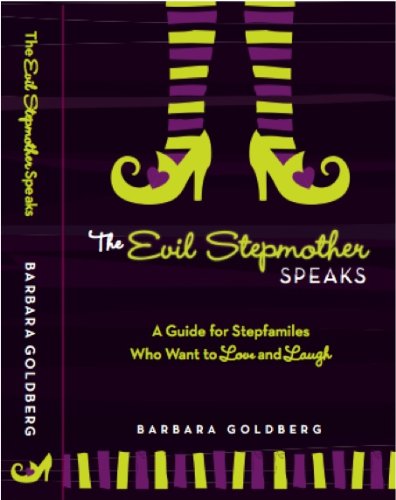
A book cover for The Evil Stepmother Speaks: A Guide for Stepfamilies Who Want to Love and Laugh; Barbara Goldberg; Parenting & Relationships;